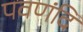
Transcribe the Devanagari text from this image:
पवणंदि